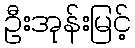
ဦးအုန်းမြင့်